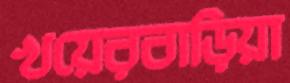
খয়েরবাড়িয়া